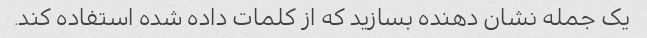
یک جمله نشان دهنده بسازید که از کلمات داده شده استفاده کند.